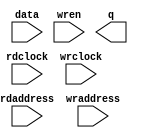
// megafunction wizard: %RAM: 2-PORT%VBB%
// GENERATION: STANDARD
// VERSION: WM1.0
// MODULE: altsyncram 

// ============================================================
// Megafunction Name(s):
// 			altsyncram
//
// Simulation Library Files(s):
// 			altera_mf
// ============================================================
// ************************************************************
// THIS IS A WIZARD-GENERATED FILE. DO NOT EDIT THIS FILE!
//
// 12.0 Build 178 05/31/2012 SJ Full Version
// ************************************************************

//Copyright (C) 1991-2012 Altera Corporation
//Your use of Altera Corporation's design tools, logic functions 
//and other software and tools, and its AMPP partner logic 
//functions, and any output files from any of the foregoing 
//(including device programming or simulation files), and any 
//associated documentation or information are expressly subject 
//to the terms and conditions of the Altera Program License 
//Subscription Agreement, Altera MegaCore Function License 
//Agreement, or other applicable license agreement, including, 
//without limitation, that your use is for the sole purpose of 
//programming logic devices manufactured by Altera and sold by 
//Altera or its authorized distributors.  Please refer to the 
//applicable agreement for further details.

module dp_ram_256x8_swsr (
	data,
	rdaddress,
	rdclock,
	wraddress,
	wrclock,
	wren,
	q);

	input	[7:0]  data;
	input	[7:0]  rdaddress;
	input	  rdclock;
	input	[7:0]  wraddress;
	input	  wrclock;
	input	  wren;
	output	[7:0]  q;
`ifndef ALTERA_RESERVED_QIS
// synopsys translate_off
`endif
	tri1	  wrclock;
	tri0	  wren;
`ifndef ALTERA_RESERVED_QIS
// synopsys translate_on
`endif

endmodule

// ============================================================
// CNX file retrieval info
// ============================================================
// Retrieval info: PRIVATE: ADDRESSSTALL_A NUMERIC "0"
// Retrieval info: PRIVATE: ADDRESSSTALL_B NUMERIC "0"
// Retrieval info: PRIVATE: BYTEENA_ACLR_A NUMERIC "0"
// Retrieval info: PRIVATE: BYTEENA_ACLR_B NUMERIC "0"
// Retrieval info: PRIVATE: BYTE_ENABLE_A NUMERIC "0"
// Retrieval info: PRIVATE: BYTE_ENABLE_B NUMERIC "0"
// Retrieval info: PRIVATE: BYTE_SIZE NUMERIC "8"
// Retrieval info: PRIVATE: BlankMemory NUMERIC "1"
// Retrieval info: PRIVATE: CLOCK_ENABLE_INPUT_A NUMERIC "0"
// Retrieval info: PRIVATE: CLOCK_ENABLE_INPUT_B NUMERIC "0"
// Retrieval info: PRIVATE: CLOCK_ENABLE_OUTPUT_A NUMERIC "0"
// Retrieval info: PRIVATE: CLOCK_ENABLE_OUTPUT_B NUMERIC "0"
// Retrieval info: PRIVATE: CLRdata NUMERIC "0"
// Retrieval info: PRIVATE: CLRq NUMERIC "0"
// Retrieval info: PRIVATE: CLRrdaddress NUMERIC "0"
// Retrieval info: PRIVATE: CLRrren NUMERIC "0"
// Retrieval info: PRIVATE: CLRwraddress NUMERIC "0"
// Retrieval info: PRIVATE: CLRwren NUMERIC "0"
// Retrieval info: PRIVATE: Clock NUMERIC "1"
// Retrieval info: PRIVATE: Clock_A NUMERIC "0"
// Retrieval info: PRIVATE: Clock_B NUMERIC "0"
// Retrieval info: PRIVATE: IMPLEMENT_IN_LES NUMERIC "0"
// Retrieval info: PRIVATE: INDATA_ACLR_B NUMERIC "0"
// Retrieval info: PRIVATE: INDATA_REG_B NUMERIC "0"
// Retrieval info: PRIVATE: INIT_FILE_LAYOUT STRING "PORT_B"
// Retrieval info: PRIVATE: INIT_TO_SIM_X NUMERIC "0"
// Retrieval info: PRIVATE: INTENDED_DEVICE_FAMILY STRING "Cyclone IV E"
// Retrieval info: PRIVATE: JTAG_ENABLED NUMERIC "0"
// Retrieval info: PRIVATE: JTAG_ID STRING "NONE"
// Retrieval info: PRIVATE: MAXIMUM_DEPTH NUMERIC "0"
// Retrieval info: PRIVATE: MEMSIZE NUMERIC "2048"
// Retrieval info: PRIVATE: MEM_IN_BITS NUMERIC "0"
// Retrieval info: PRIVATE: MIFfilename STRING ""
// Retrieval info: PRIVATE: OPERATION_MODE NUMERIC "2"
// Retrieval info: PRIVATE: OUTDATA_ACLR_B NUMERIC "0"
// Retrieval info: PRIVATE: OUTDATA_REG_B NUMERIC "0"
// Retrieval info: PRIVATE: RAM_BLOCK_TYPE NUMERIC "0"
// Retrieval info: PRIVATE: READ_DURING_WRITE_MODE_MIXED_PORTS NUMERIC "2"
// Retrieval info: PRIVATE: READ_DURING_WRITE_MODE_PORT_A NUMERIC "3"
// Retrieval info: PRIVATE: READ_DURING_WRITE_MODE_PORT_B NUMERIC "3"
// Retrieval info: PRIVATE: REGdata NUMERIC "1"
// Retrieval info: PRIVATE: REGq NUMERIC "0"
// Retrieval info: PRIVATE: REGrdaddress NUMERIC "1"
// Retrieval info: PRIVATE: REGrren NUMERIC "1"
// Retrieval info: PRIVATE: REGwraddress NUMERIC "1"
// Retrieval info: PRIVATE: REGwren NUMERIC "1"
// Retrieval info: PRIVATE: SYNTH_WRAPPER_GEN_POSTFIX STRING "0"
// Retrieval info: PRIVATE: USE_DIFF_CLKEN NUMERIC "0"
// Retrieval info: PRIVATE: UseDPRAM NUMERIC "1"
// Retrieval info: PRIVATE: VarWidth NUMERIC "0"
// Retrieval info: PRIVATE: WIDTH_READ_A NUMERIC "8"
// Retrieval info: PRIVATE: WIDTH_READ_B NUMERIC "8"
// Retrieval info: PRIVATE: WIDTH_WRITE_A NUMERIC "8"
// Retrieval info: PRIVATE: WIDTH_WRITE_B NUMERIC "8"
// Retrieval info: PRIVATE: WRADDR_ACLR_B NUMERIC "0"
// Retrieval info: PRIVATE: WRADDR_REG_B NUMERIC "0"
// Retrieval info: PRIVATE: WRCTRL_ACLR_B NUMERIC "0"
// Retrieval info: PRIVATE: enable NUMERIC "0"
// Retrieval info: PRIVATE: rden NUMERIC "0"
// Retrieval info: LIBRARY: altera_mf altera_mf.altera_mf_components.all
// Retrieval info: CONSTANT: ADDRESS_ACLR_B STRING "NONE"
// Retrieval info: CONSTANT: ADDRESS_REG_B STRING "CLOCK1"
// Retrieval info: CONSTANT: CLOCK_ENABLE_INPUT_A STRING "BYPASS"
// Retrieval info: CONSTANT: CLOCK_ENABLE_INPUT_B STRING "BYPASS"
// Retrieval info: CONSTANT: CLOCK_ENABLE_OUTPUT_B STRING "BYPASS"
// Retrieval info: CONSTANT: INTENDED_DEVICE_FAMILY STRING "Cyclone IV E"
// Retrieval info: CONSTANT: LPM_TYPE STRING "altsyncram"
// Retrieval info: CONSTANT: NUMWORDS_A NUMERIC "256"
// Retrieval info: CONSTANT: NUMWORDS_B NUMERIC "256"
// Retrieval info: CONSTANT: OPERATION_MODE STRING "DUAL_PORT"
// Retrieval info: CONSTANT: OUTDATA_ACLR_B STRING "NONE"
// Retrieval info: CONSTANT: OUTDATA_REG_B STRING "UNREGISTERED"
// Retrieval info: CONSTANT: POWER_UP_UNINITIALIZED STRING "FALSE"
// Retrieval info: CONSTANT: WIDTHAD_A NUMERIC "8"
// Retrieval info: CONSTANT: WIDTHAD_B NUMERIC "8"
// Retrieval info: CONSTANT: WIDTH_A NUMERIC "8"
// Retrieval info: CONSTANT: WIDTH_B NUMERIC "8"
// Retrieval info: CONSTANT: WIDTH_BYTEENA_A NUMERIC "1"
// Retrieval info: USED_PORT: data 0 0 8 0 INPUT NODEFVAL "data[7..0]"
// Retrieval info: USED_PORT: q 0 0 8 0 OUTPUT NODEFVAL "q[7..0]"
// Retrieval info: USED_PORT: rdaddress 0 0 8 0 INPUT NODEFVAL "rdaddress[7..0]"
// Retrieval info: USED_PORT: rdclock 0 0 0 0 INPUT NODEFVAL "rdclock"
// Retrieval info: USED_PORT: wraddress 0 0 8 0 INPUT NODEFVAL "wraddress[7..0]"
// Retrieval info: USED_PORT: wrclock 0 0 0 0 INPUT VCC "wrclock"
// Retrieval info: USED_PORT: wren 0 0 0 0 INPUT GND "wren"
// Retrieval info: CONNECT: @address_a 0 0 8 0 wraddress 0 0 8 0
// Retrieval info: CONNECT: @address_b 0 0 8 0 rdaddress 0 0 8 0
// Retrieval info: CONNECT: @clock0 0 0 0 0 wrclock 0 0 0 0
// Retrieval info: CONNECT: @clock1 0 0 0 0 rdclock 0 0 0 0
// Retrieval info: CONNECT: @data_a 0 0 8 0 data 0 0 8 0
// Retrieval info: CONNECT: @wren_a 0 0 0 0 wren 0 0 0 0
// Retrieval info: CONNECT: q 0 0 8 0 @q_b 0 0 8 0
// Retrieval info: GEN_FILE: TYPE_NORMAL dp_ram_256x8_swsr.v TRUE
// Retrieval info: GEN_FILE: TYPE_NORMAL dp_ram_256x8_swsr.inc FALSE
// Retrieval info: GEN_FILE: TYPE_NORMAL dp_ram_256x8_swsr.cmp FALSE
// Retrieval info: GEN_FILE: TYPE_NORMAL dp_ram_256x8_swsr.bsf FALSE
// Retrieval info: GEN_FILE: TYPE_NORMAL dp_ram_256x8_swsr_inst.v TRUE
// Retrieval info: GEN_FILE: TYPE_NORMAL dp_ram_256x8_swsr_bb.v TRUE
// Retrieval info: LIB_FILE: altera_mf